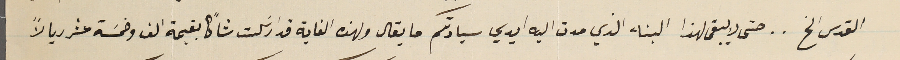
القدس الخ.. حتى لا يبقى لهذا البناء الذي مدت اليه ايدي سيادتكم ما يقال ولهذه الغاية قد ارسَلت شاكًا بقيمة الف وخمسَة عشر ريالاً